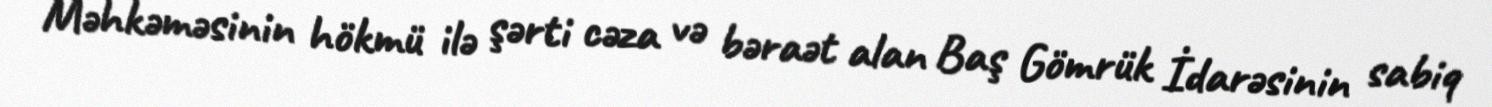
Məhkəməsinin hökmü ilə şərti cəza və bəraət alan Baş Gömrük İdarəsinin sabiq